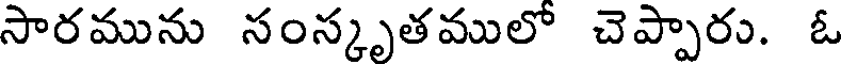
సారమును సంస్కృతములో చెప్పారు. ఓ